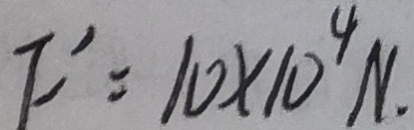
F ^ { \prime } = 1 0 \times 1 0 ^ { 4 } N .